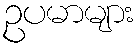
ဥပမာများ